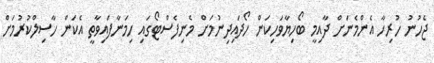
ޖެހުނު ހުރިހާ އެންމެނަށް ދާއިމީ ބޯހިޔާވަހިކަން ހޯދައިދިނުމަށް މެނިފެސްޓޯގައި ހިމަނާފައިވާތީ އެކަން ހާސިލްކުރުމަށް